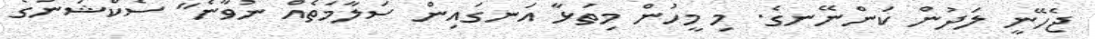
ޖެހޭނީ ލަދުން ކަންނޭނގެ. މި މީހުން މިތަޅާ އަނގައިން ސަލާމަތެއް ނުވާނެ" ސެކްޝަނުގެ